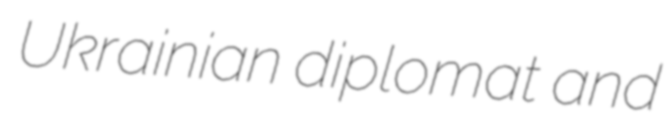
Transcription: Ukrainian diplomat and